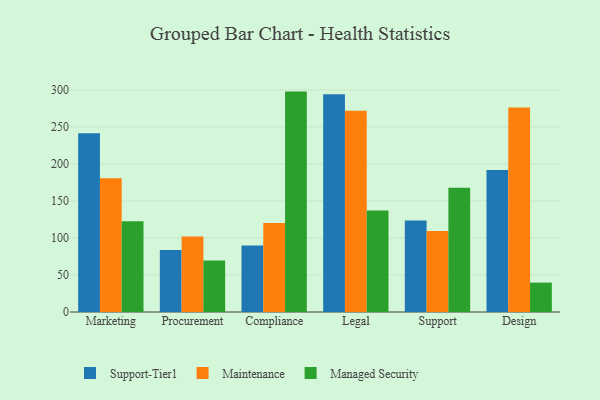
{"axis": {"x": "Department", "y": "Net Income (USD K)"}, "legend": ["Maintenance", "Managed Security", "Support-Tier1"], "data": [{"x": "Marketing", "y": 241.3, "type": "Support-Tier1"}, {"x": "Marketing", "y": 180.7, "type": "Maintenance"}, {"x": "Marketing", "y": 122.7, "type": "Managed Security"}, {"x": "Procurement", "y": 83.8, "type": "Support-Tier1"}, {"x": "Procurement", "y": 101.9, "type": "Maintenance"}, {"x": "Procurement", "y": 69.5, "type": "Managed Security"}, {"x": "Compliance", "y": 89.8, "type": "Support-Tier1"}, {"x": "Compliance", "y": 120.2, "type": "Maintenance"}, {"x": "Compliance", "y": 297.7, "type": "Managed Security"}, {"x": "Legal", "y": 294.0, "type": "Support-Tier1"}, {"x": "Legal", "y": 272.0, "type": "Maintenance"}, {"x": "Legal", "y": 137.1, "type": "Managed Security"}, {"x": "Support", "y": 123.6, "type": "Support-Tier1"}, {"x": "Support", "y": 109.3, "type": "Maintenance"}, {"x": "Support", "y": 167.7, "type": "Managed Security"}, {"x": "Design", "y": 191.8, "type": "Support-Tier1"}, {"x": "Design", "y": 276.1, "type": "Maintenance"}, {"x": "Design", "y": 39.7, "type": "Managed Security"}]}